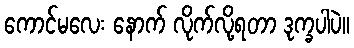
ကောင်မလေး နောက် လိုက်လို့ရတာ ဒုက္ခပါပဲ။